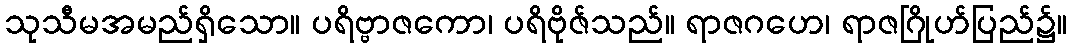
သုသီမအမည်ရှိသော။ ပရိဗ္ဗာဇကော၊ ပရိဗိုဇ်သည်။ ရာဇဂဟေ၊ ရာဇဂြိုဟ်ပြည်၌။